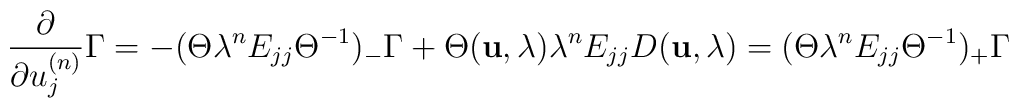
\frac{\partial }{ \partial u_j^{(n)}} \Gamma = -(\Theta \lambda^nE_{jj} {\Theta}^{-1})_{-} \Gamma+ \Theta ({\bf u},\lambda)\lambda^n E_{jj}  D ({\bf u},\lambda) = (\Theta \lambda^n E_{jj} {\Theta}^{-1})_{+} \Gamma